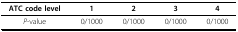
| ATC code level | 1 | 2 | 3 | 4 |
 | --- | --- | --- | --- | --- |
 | P-value | 0/1000 | 0/1000 | 0/1000 | 0/1000 |